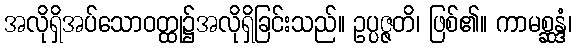
အလိုရှိအပ်သောဝတ္ထု၌အလိုရှိခြင်းသည်။ ဥပ္ပဇ္ဇတိ၊ ဖြစ်၏။ ကာမစ္ဆန္ဒံ၊